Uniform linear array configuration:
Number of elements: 4
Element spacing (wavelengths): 0.75
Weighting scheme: hamming
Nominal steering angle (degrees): -30
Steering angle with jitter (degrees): -29.844
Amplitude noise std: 0.05
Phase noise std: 0.05

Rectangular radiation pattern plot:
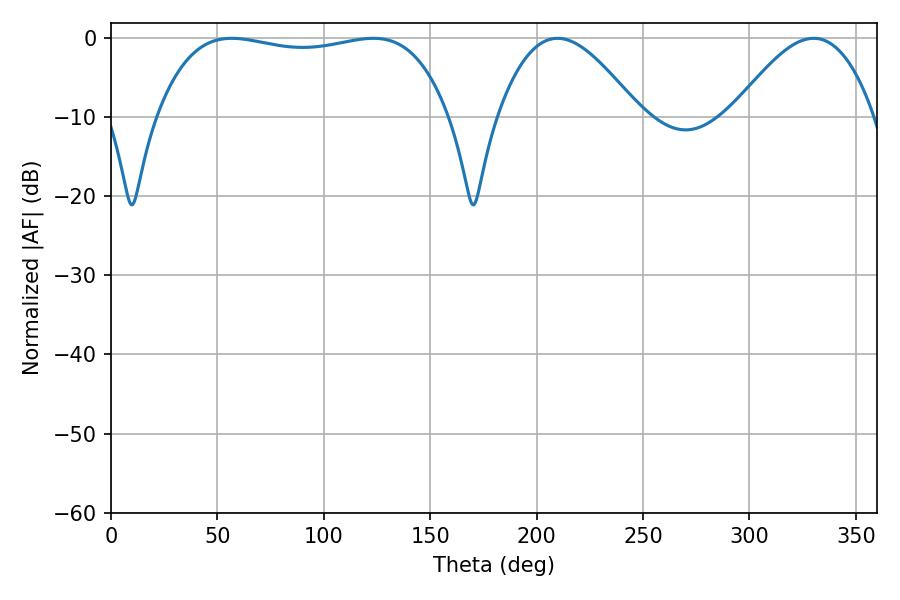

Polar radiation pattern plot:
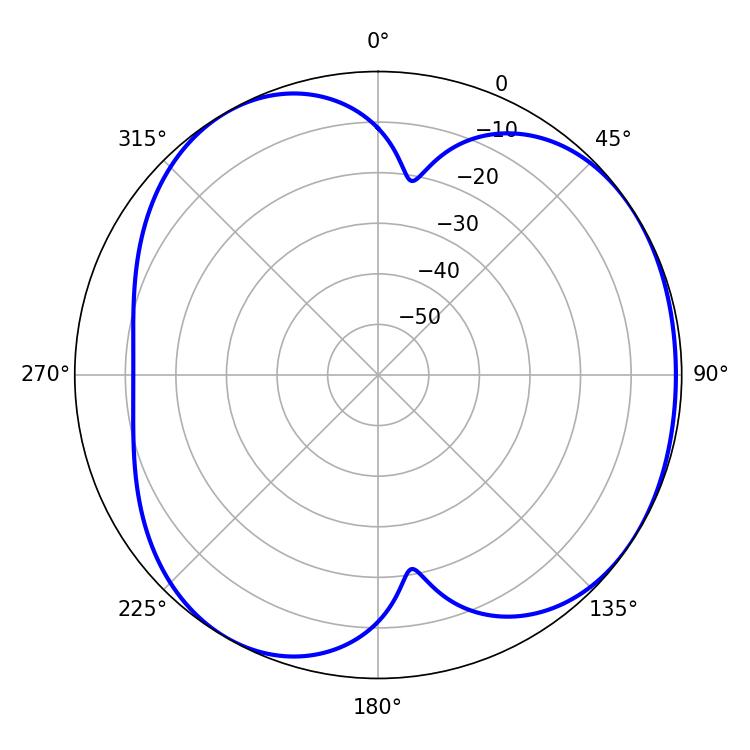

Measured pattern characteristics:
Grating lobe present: TRUE
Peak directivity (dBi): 4.453
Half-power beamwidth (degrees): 110.16
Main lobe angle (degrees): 56.7